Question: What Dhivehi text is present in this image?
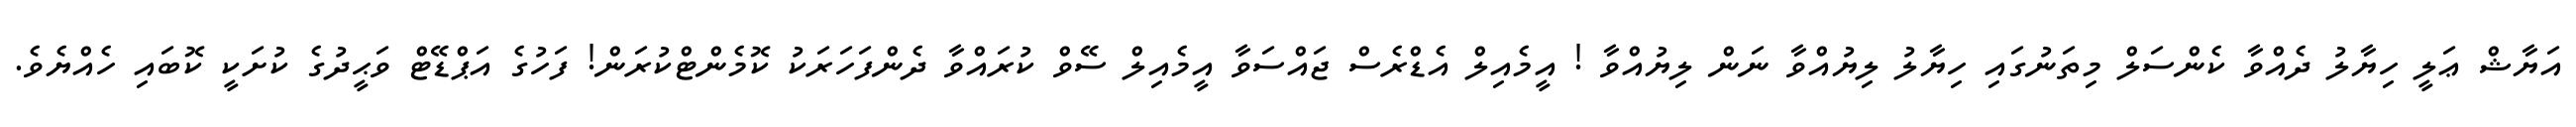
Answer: އަޔާޝް ޢަލީ ހިޔާލު ދެއްވާ ކެންސަލް މިތަނުގައި ހިޔާލު ލިޔުއްވާ ނަން ލިޔުއްވާ ! އީމެއިލް އެޑްރެސް ޖައްސަވާ އީމެއިލް ސޭވް ކުރައްވާ ދެންފަހަރަކު ކޮމެންޓްކުރަން! ފަހުގެ އަޕްޑޭޓް ވަޙީދުގެ ކުށަކީ ކޮބައި ހެއްޔެވެ.